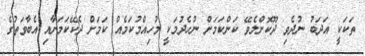
ތަކަކީ އަދަބު ނުދެވި ދޫކޮށްލެވޭ ކަންކަމަށް ނުހެދުމަކީ މުހިއްމުކަމެއް ކަމަށް ދެކޭކަމަށާއި އެބާވަތުގެ